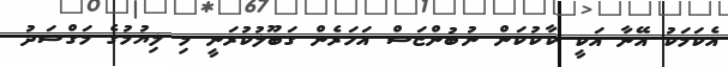
އެކަމަކު އޭނާ އަކީ ކާކުކަން ނުބުންޏަސް އަހަރެން ގަބޫލުކުރަނީ މި ލިޔުމުގެ މަގްސަދު